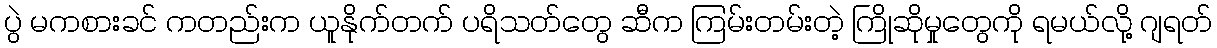
ပွဲ မကစားခင် ကတည်းက ယူနိုက်တက် ပရိသတ်တွေ ဆီက ကြမ်းတမ်းတဲ့ ကြိုဆိုမှုတွေကို ရမယ်လို့ ဂျရတ်